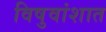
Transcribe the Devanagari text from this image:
विषुवांशात